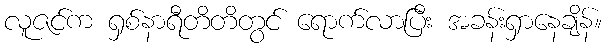
လူဇင်က ရှစ်နာရီတိတိတွင် ရောက်လာပြီး အခန်းရှာနေချိန်။